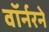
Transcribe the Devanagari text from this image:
वॉर्नरने